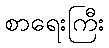
စာရေးကြီး